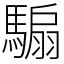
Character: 騸